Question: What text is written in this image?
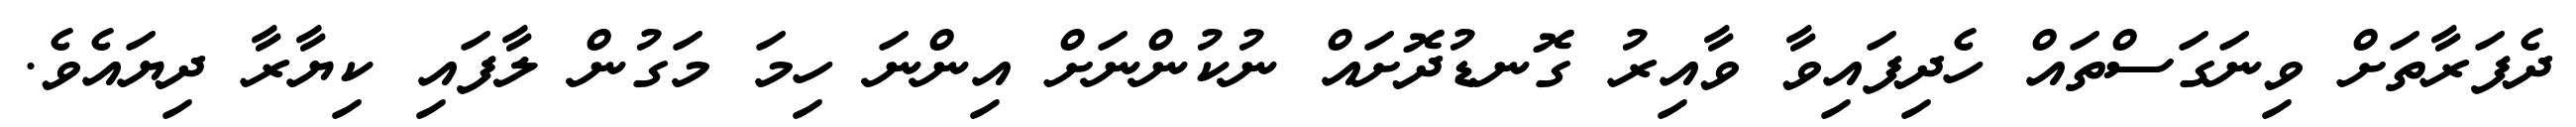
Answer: ދެފަރާތަށް ވިނަގަސްތައް ހެދިފައިވާ ވާއިރު ގޮނޑުދޮށައް ނުކުންނަށް އިންނަ ހިމަ މަގުން ލާފައި ކިޔާރާ ދިޔައެވެ.